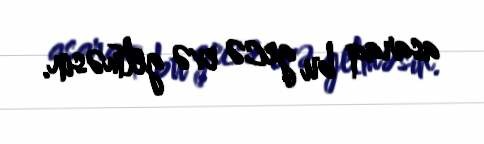
asaraq bu gecə evə getməsin.